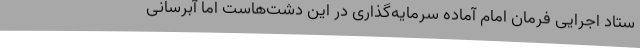
ستاد اجرایی فرمان امام آماده سرمایه‌گذاری در این دشت‌هاست اما آبرسانی